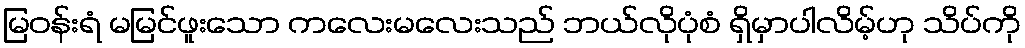
မြဝန်းရံ မမြင်ဖူးသော ကလေးမလေးသည် ဘယ်လိုပုံစံ ရှိမှာပါလိမ့်ဟု သိပ်ကို